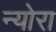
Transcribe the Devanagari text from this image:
न्योरा